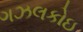
ગઝલકોઇ